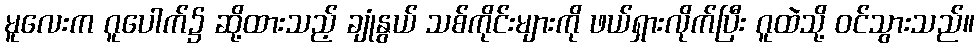
မူလေးက ဂူပေါက်၌ ဆို့ထားသည့် ချုံနွယ် သစ်ကိုင်းများကို ဖယ်ရှားလိုက်ပြီး ဂူထဲသို့ ဝင်သွားသည်။